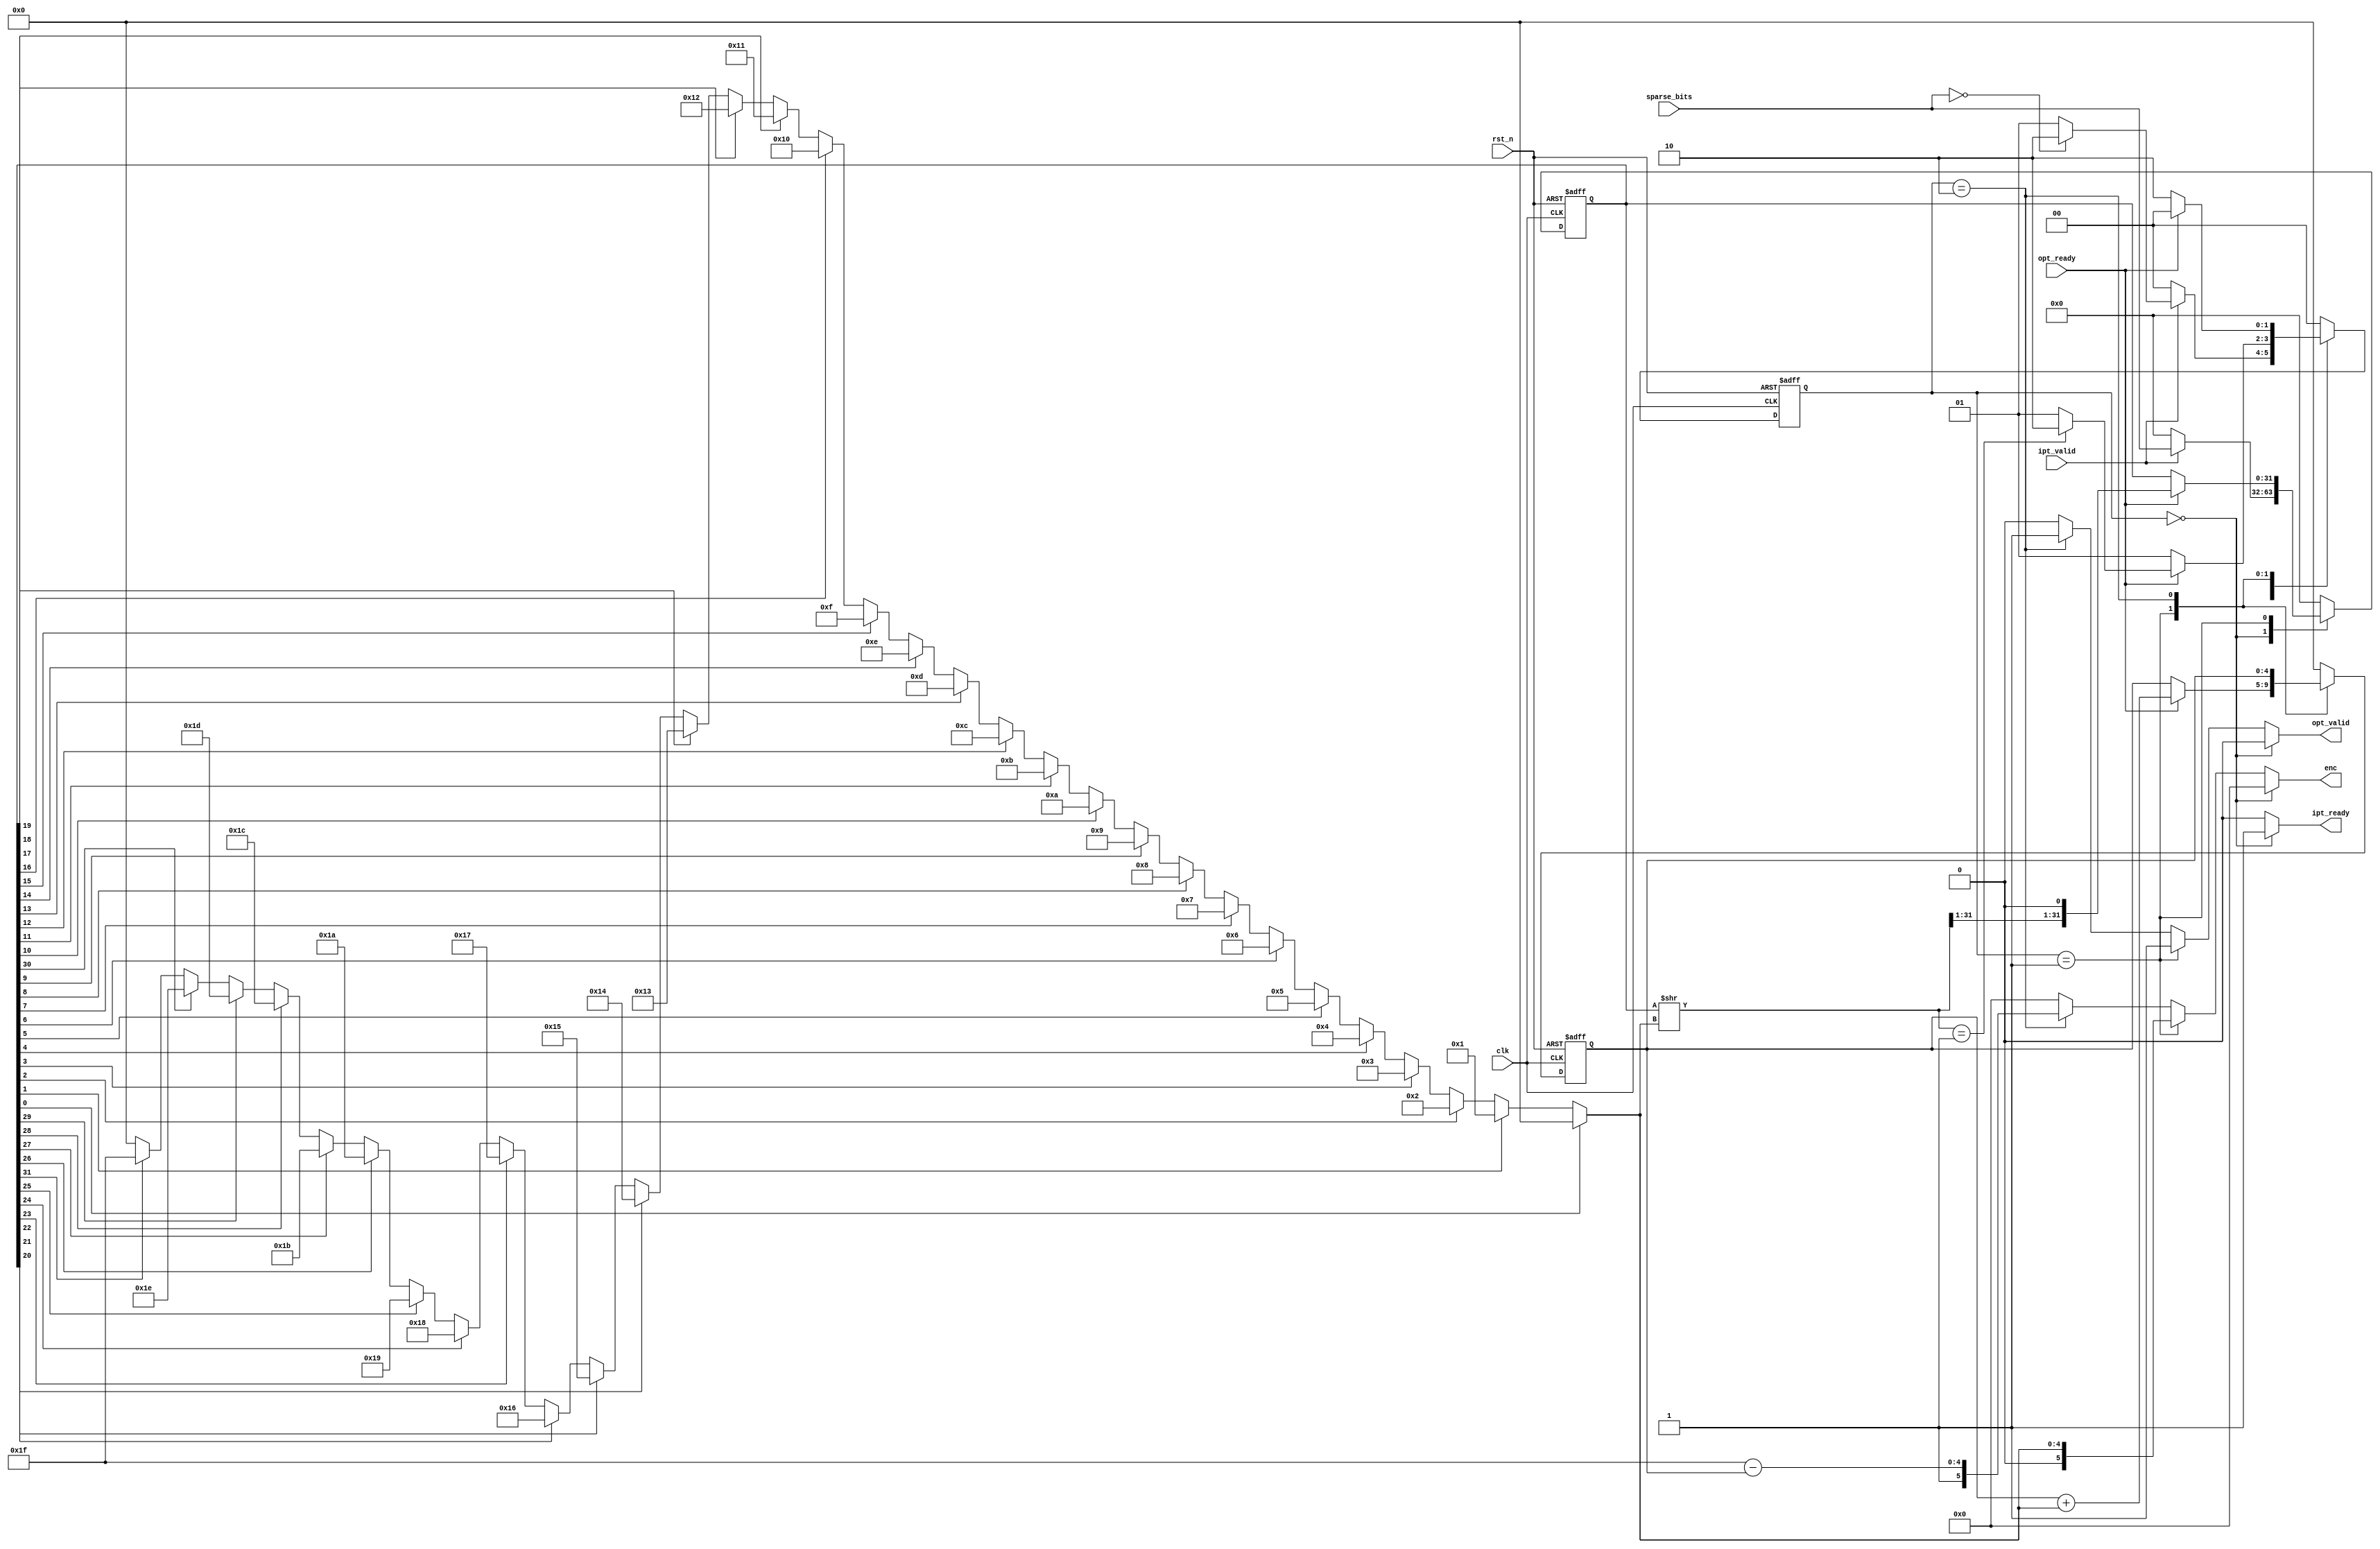
module idx_enc_32 (
    input clk, rst_n,

    input ipt_valid,
    output reg [0:0] ipt_ready,
    input [31:0] sparse_bits,

    output reg [5:0] enc,
    output reg [0:0] opt_valid,
    input            opt_ready
);

localparam WAIT  = 'd0;
localparam ENC   = 'd1;
localparam ZERO = 'd2;       

reg [1:0] state;
reg [1:0] next_state;

reg [4:0] offset;
reg [31:0] data_tmp;
wire [31:0] data_shifted = data_tmp >> (offset);

always @(posedge clk, negedge rst_n) begin
    if (rst_n == 1'b0) begin
        state <= WAIT;
    end else begin
        state <= next_state;
    end
end


always@(*)begin
    case (state)
        WAIT:   if (ipt_valid)
                    if (sparse_bits == 32'd0)                next_state  <=  ZERO;
                    else                                    next_state  <=  ENC;
                else                                        next_state  <=  WAIT;
        ENC:    if (opt_ready)
                    if (data_shifted==32'b0000_0000_0000_0000_0000_0000_0000_0001)         next_state  <=  ZERO;
                    else                                    next_state  <=  ENC;
                else                                        next_state  <=  ENC;
        ZERO:   if (opt_ready)                              next_state  <=  WAIT;
                else                                        next_state  <=  ZERO;
        default:                                            next_state  <=  WAIT;
    endcase
end


always @(posedge clk, negedge rst_n) begin
    if (rst_n == 1'b0) begin
        data_tmp <= 0;
    end else begin
        case (state)
            WAIT:   if(ipt_valid)    
                        data_tmp    <=  sparse_bits;
                    else
                        data_tmp    <=  0;
            ENC:    if(opt_ready)
                        data_tmp    <=  {data_shifted[31:1], 1'b0};
                    else
                        data_tmp    <=  data_tmp;
            ZERO:       data_tmp    <=  0;
            default:    data_tmp    <=  0;
        endcase
    end
end

//case
// always @(*) begin
//     case (data_tmp)
//         8'bxxxx_xxx1: offset <= 3'd0;
//         8'bxxxx_xx10: offset <= 3'd1;
//         8'bxxxx_x100: offset <= 3'd2;
//         8'bxxxx_1000: offset <= 3'd3;
//         8'bxxx1_0000: offset <= 3'd4;
//         8'bxx10_0000: offset <= 3'd5;
//         8'bx100_0000: offset <= 3'd6;
//         8'b1000_0000: offset <= 3'd7;
//         default: offset <= 3'd0;
//     endcase
// end

always @* begin
    if      (data_tmp[0]) offset <= 5'd0;
    else if (data_tmp[1]) offset <= 5'd1;
    else if (data_tmp[2]) offset <= 5'd2;
    else if (data_tmp[3]) offset <= 5'd3;
    else if (data_tmp[4]) offset <= 5'd4;
    else if (data_tmp[5]) offset <= 5'd5;
    else if (data_tmp[6]) offset <= 5'd6;
    else if (data_tmp[7]) offset <= 5'd7;
    else if (data_tmp[8]) offset <= 5'd8;
    else if (data_tmp[9]) offset <= 5'd9;
    else if (data_tmp[10]) offset <= 5'd10;
    else if (data_tmp[11]) offset <= 5'd11;
    else if (data_tmp[12]) offset <= 5'd12;
    else if (data_tmp[13]) offset <= 5'd13;
    else if (data_tmp[14]) offset <= 5'd14;
    else if (data_tmp[15]) offset <= 5'd15;
    else if (data_tmp[16]) offset <= 5'd16;
    else if (data_tmp[17]) offset <= 5'd17;
    else if (data_tmp[18]) offset <= 5'd18;
    else if (data_tmp[19]) offset <= 5'd19;
    else if (data_tmp[20]) offset <= 5'd20;
    else if (data_tmp[21]) offset <= 5'd21;
    else if (data_tmp[22]) offset <= 5'd22;
    else if (data_tmp[23]) offset <= 5'd23;
    else if (data_tmp[24]) offset <= 5'd24;
    else if (data_tmp[25]) offset <= 5'd25;
    else if (data_tmp[26]) offset <= 5'd26;
    else if (data_tmp[27]) offset <= 5'd27;
    else if (data_tmp[28]) offset <= 5'd28;
    else if (data_tmp[29]) offset <= 5'd29;
    else if (data_tmp[30]) offset <= 5'd30;
    else if (data_tmp[31]) offset <= 5'd31;
    else offset = 5'd0; // 
end

reg [4:0] cnt;
always @(posedge clk , negedge rst_n) begin
    if (rst_n == 1'b0) begin
        cnt <= 0;
    end else begin
        case (state)
            WAIT:                   cnt <= 0;
            ENC:    if(opt_ready)   cnt <= cnt + offset;
                    else            cnt <= cnt;
            ZERO:                   cnt <= cnt;
            default:                cnt <= 0;
        endcase
    end
end

always@(*)begin
    if (state == WAIT) begin
        enc <= 0;
        opt_valid <= 1'b0;
        ipt_ready <= 1'b1;
    end else if (state == ENC) begin
        enc <= {1'b0, offset};
        opt_valid <= 1'b1;
        ipt_ready <= 1'b0;
    end else if (state == ZERO) begin
        enc <= {1'b1, 5'd31 - cnt};  //enc[3] = 1, end flag
        opt_valid <= 1'b1;
        ipt_ready <= 1'b0;
    end else begin
        enc <= 0;
        opt_valid <= 1'b0;
        ipt_ready <= 1'b0;
    end 
end

endmodule